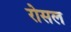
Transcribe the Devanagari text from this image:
रोसल